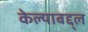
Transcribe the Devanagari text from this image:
केल्याबद्द्ल